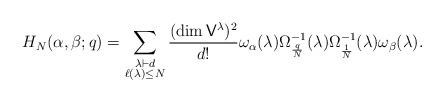
LaTeX: \begin{align*}H_N(\alpha,\beta;q) = \sum_{\substack{\lambda \vdash d \\ \ell(\lambda) \leq N}} \frac{(\dim \mathsf{V}^\lambda)^2}{d!} \omega_\alpha(\lambda) \Omega_{\frac{q}{N}}^{-1}(\lambda) \Omega_{\frac{1}{N}}^{-1}(\lambda) \omega_\beta(\lambda).\end{align*}